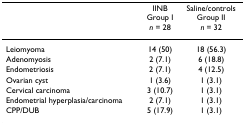
<table><thead><tr><td></td><td><b>IINBGroup I<i>n </i>= 28</b></td><td><b>Saline/controlsGroup II<i>n </i>= 32</b></td></tr></thead><tbody><tr><td>Leiomyoma</td><td>14 (50)</td><td>18 (56.3)</td></tr><tr><td>Adenomyosis</td><td>2 (7.1)</td><td>6 (18.8)</td></tr><tr><td>Endometriosis</td><td>2 (7.1)</td><td>4 (12.5)</td></tr><tr><td>Ovarian cyst</td><td>1 (3.6)</td><td>1 (3.1)</td></tr><tr><td>Cervical carcinoma</td><td>3 (10.7)</td><td>1 (3.1)</td></tr><tr><td>Endometrial hyperplasia/carcinoma</td><td>2 (7.1)</td><td>1 (3.1)</td></tr><tr><td>CPP/DUB</td><td>5 (17.9)</td><td>1 (3.1)</td></tr></tbody></table>